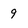
Character: 9